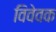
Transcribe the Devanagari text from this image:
विवेवक